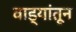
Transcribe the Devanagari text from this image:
वाड्यांतून